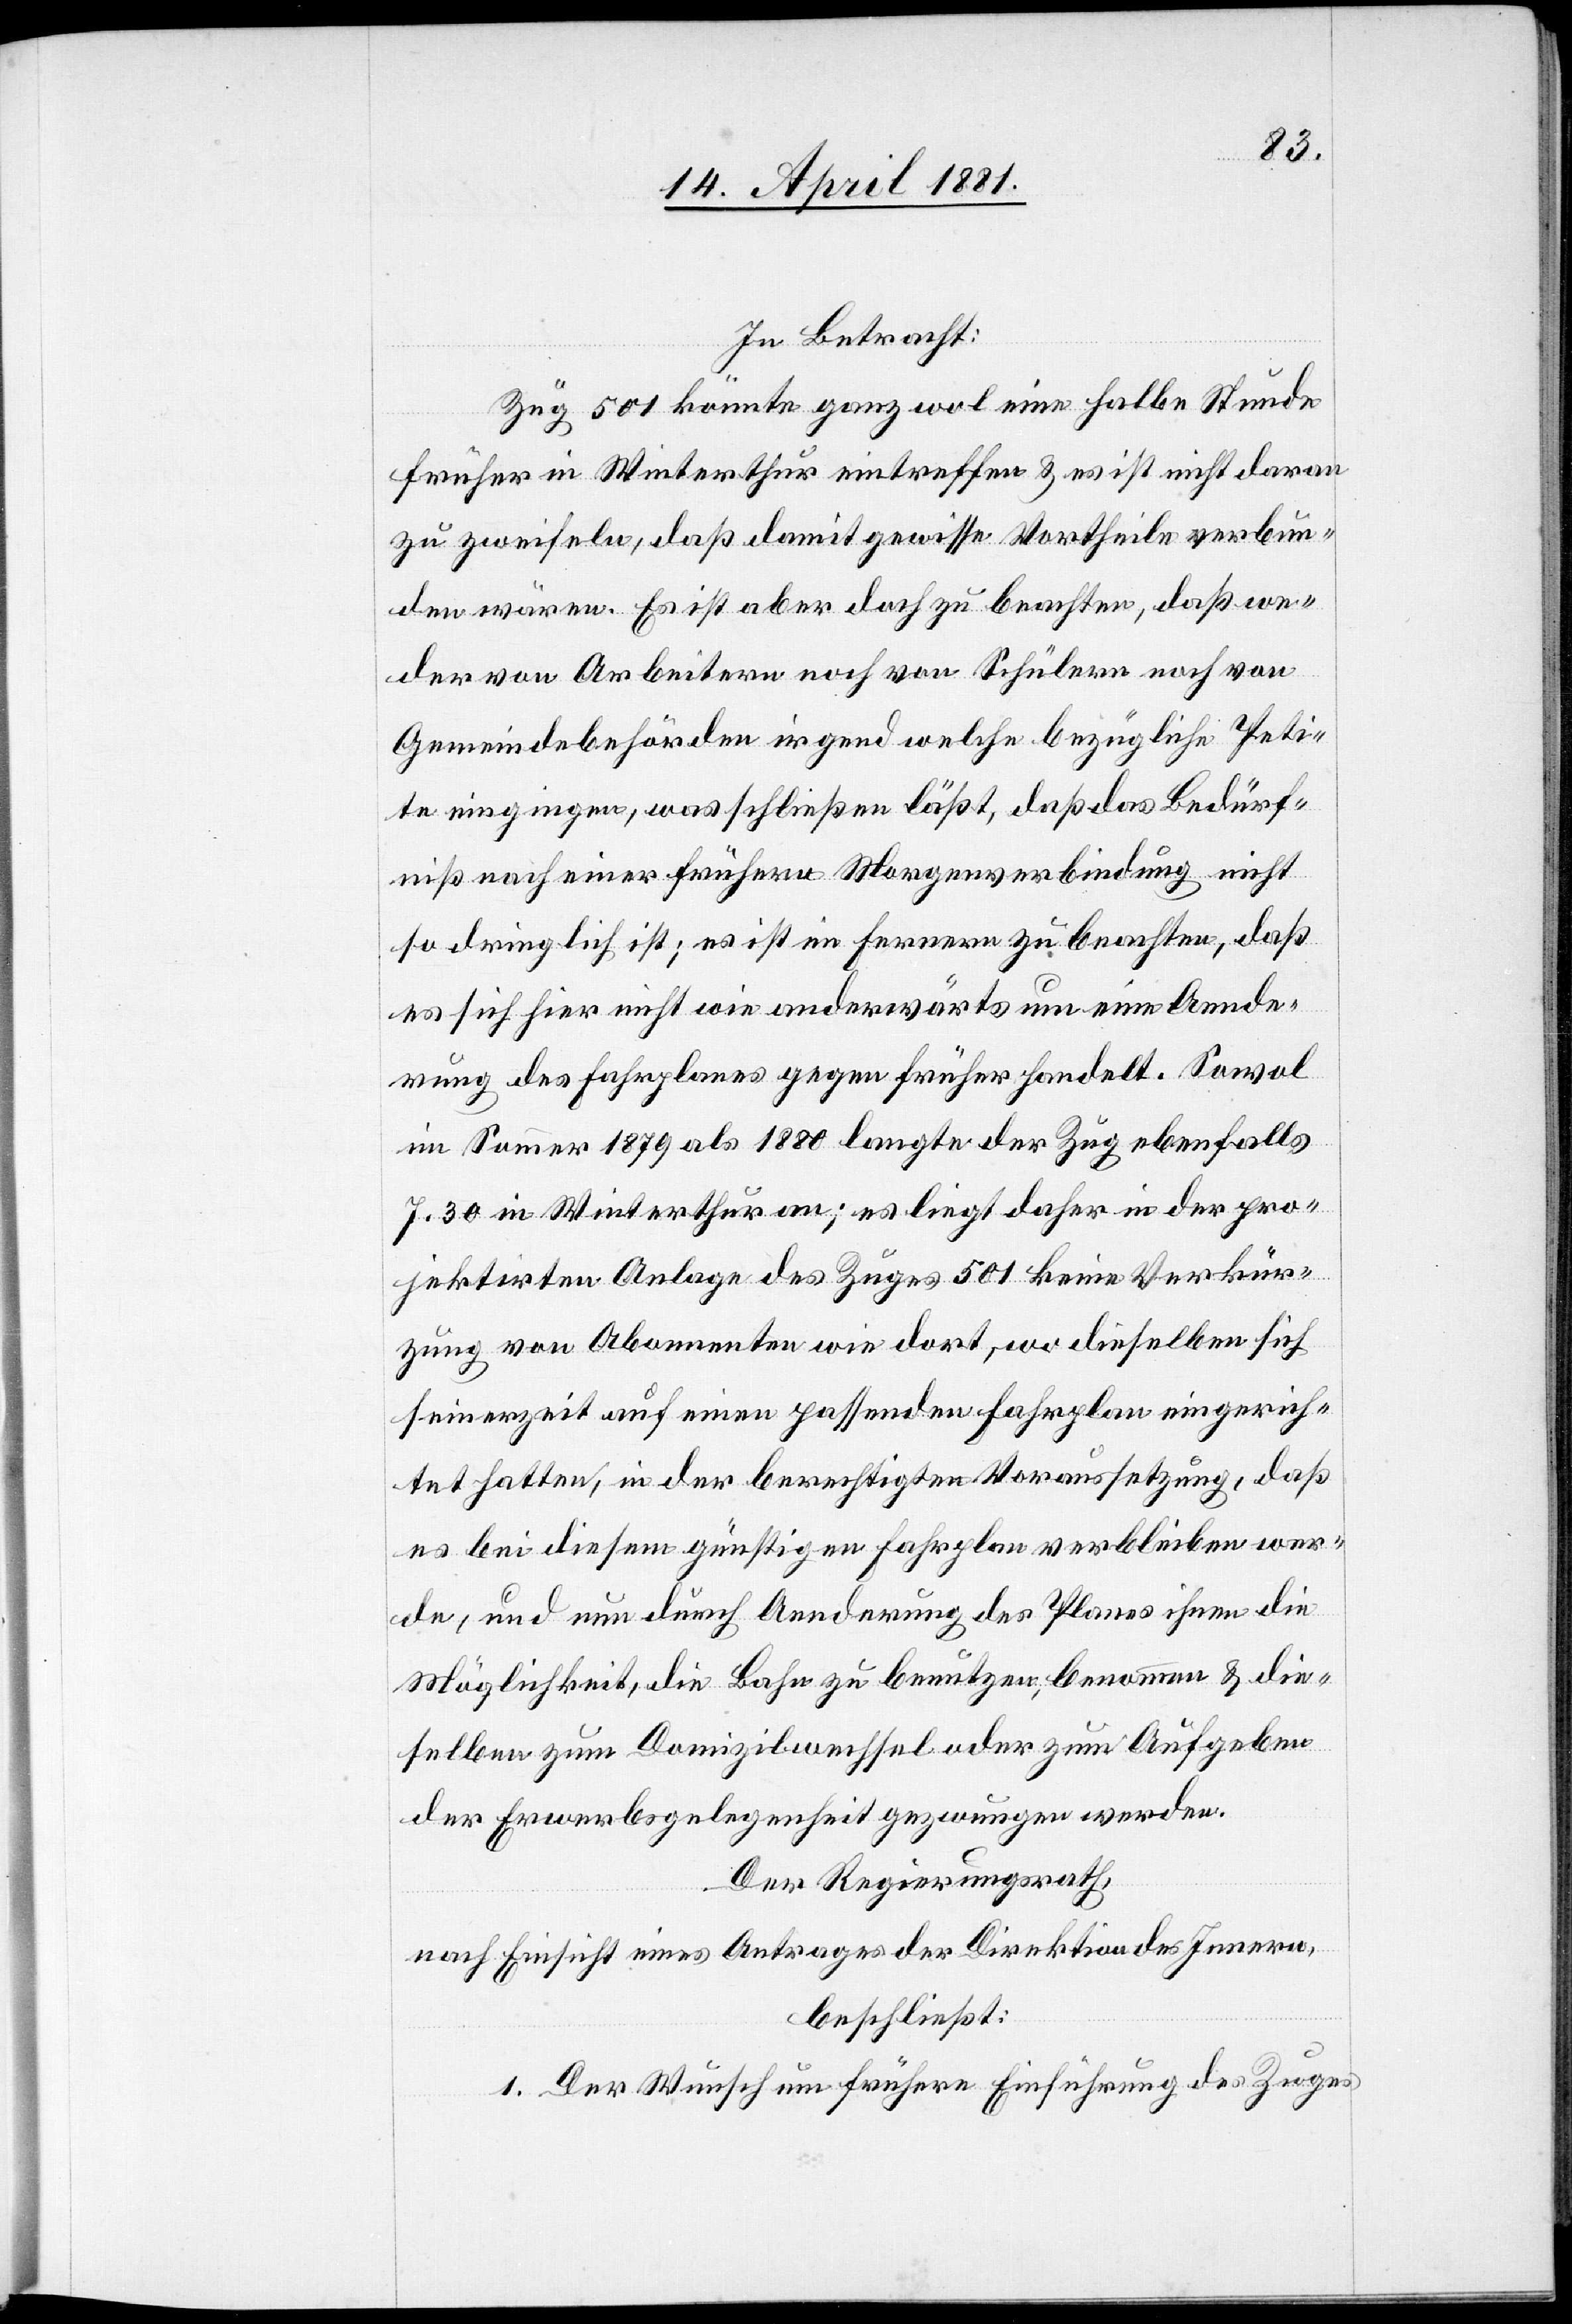
In Betracht:
Zug 501 könnte ganz wol eine halbe Stunde
früher in Winterthur eintreffen & es ist nicht daran
zu zweifeln, daß damit gewisse Vortheile verbun¬
den wären. Es ist aber doch zu beachten, daß we¬
der von Arbeitern noch von Schülern noch von
Gemeindebehörden irgend welche bezügliche Peti¬
te eingingen, was schließen läßt, daß das Bedürf¬
niß nach einer früheren Morgenverbindung nicht
so dringlich ist, es ist im fernern zu beachten, daß
es sich hier nicht wie anderwärts um eine Aende¬
rung des Fahrplanes gegen früher handelt. Sowol
im Sommer 1879 als 1880 langte der Zug ebenfalls
7.30 in Winterthur an; es liegt daher in der pro¬
jektirten Anlage des Zuges 501 keine Verkür¬
zung von Abonnenten wie dort, wo dieselben sich
seinerzeit auf einen passenden Fahrplan eingerich¬
tet hatten, in der berechtigten Voraussetzung, daß
es bei diesem günstigen Fahrplan verblieben wer¬
de, und nun durch Aenderung des Planes ihnen die
Möglichkeit, die Bahn zu benutzen, benommen & die¬
selben zum Domizilwechsel oder zum Aufgeben
der Erwerbsgelegenheit gezwungen werden.
Der Regierungsrath,
nach Einsicht eines Antrages der Direktion des Innern,
beschließt:
1. Der Wunsch um frühere Einführung des Zuges